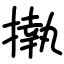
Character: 𢴇